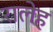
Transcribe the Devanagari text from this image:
रालेह